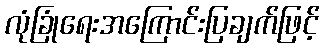
လုံခြုံရေးအကြောင်းပြချက်ဖြင့်